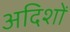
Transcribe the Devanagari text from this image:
अदिशों